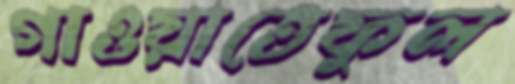
গাওয়াতেফুল